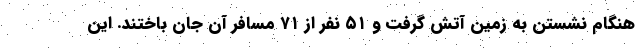
هنگام نشستن به زمین آتش گرفت و ۵۱ نفر از ۷۱ مسافر آن جان باختند. این